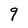
Character: 9